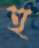
হু